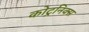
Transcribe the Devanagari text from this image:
कोट्रनिक्स